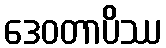
ဒေဝတာပိဿ